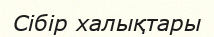
Сібір халықтары